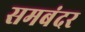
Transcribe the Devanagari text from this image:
समबंदर